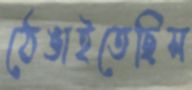
ঠেঙাইতেছিস